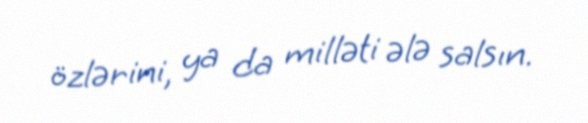
özlərini, ya da milləti ələ salsın.